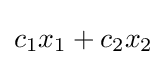
c_{1}x_{1}+c_{2}x_{2}